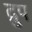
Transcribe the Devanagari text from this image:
द्रुप